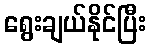
ရွေးချယ်နိုင်ပြီး